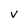
Character: v